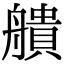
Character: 𦪒